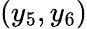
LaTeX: (y_{5},y_{6})